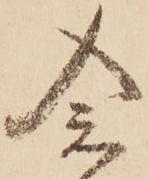
念